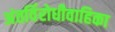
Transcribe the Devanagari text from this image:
अंतर्विरोधीवाहिका